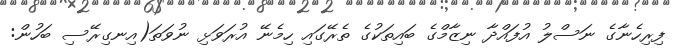
ފިރިހެނާގެ ނަސްލު އުފައްދާ ނިޒާމްގެ ބައިތަކުގެ ތެރޭގައި ހިމެނޭ އުރަވަޅި ނުވަތަ(އިނގިރޭސި ބަހުން: